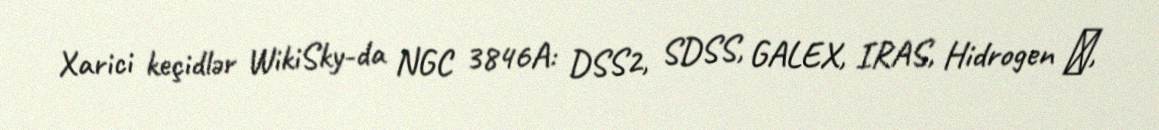
Xarici keçidlər WikiSky-da NGC 3846A: DSS2, SDSS, GALEX, IRAS, Hidrogen α,